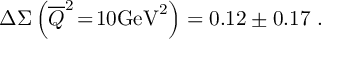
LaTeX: \Delta \Sigma \left( \overline { { Q } } ^ { 2 } \! = \! 1 0 \mathrm { G e V } ^ { 2 } \right) = 0 . 1 2 \pm 0 . 1 7 \ .